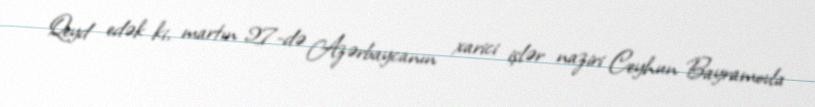
Qeyd edək ki, martın 27-də Azərbaycanın xarici işlər naziri Ceyhun Bayramovla